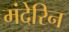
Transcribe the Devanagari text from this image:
मंदेरिन